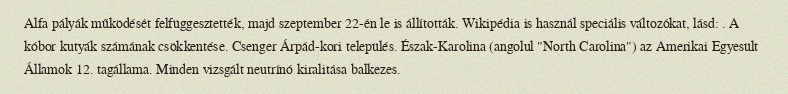
Alfa pályák működését felfüggesztették, majd szeptember 22-én le is állították. Wikipédia is használ speciális változókat, lásd: . A kóbor kutyák számának csökkentése. Csenger Árpád-kori település. Észak-Karolina (angolul "North Carolina") az Amerikai Egyesült Államok 12. tagállama. Minden vizsgált neutrínó kiralitása balkezes.